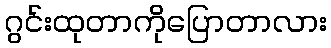
ဂွင်းထုတာကိုပြောတာလား